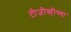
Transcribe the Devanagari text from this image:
टीजीव्हीच्या